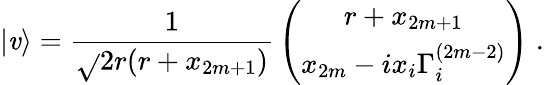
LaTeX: |\mathit{v}\rangle={\frac{{1}}{{\sqrt{}{{2r(r+x_{2m+1})}}}}}\left(\begin{array}{c}{{r+x_{2m+1}}}\\ {{x_{2m}-ix_{i}\Gamma_{i}^{(2m-2)}}}\end{array}\right)\; .